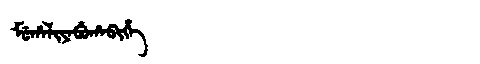
Manchu: ᠮᡠᡥᠠᠯᡳᠶᠠᠪᡠᡥᠠᠪᡳᡥᡝ
Romanization: MUHALIYABUHABIHE